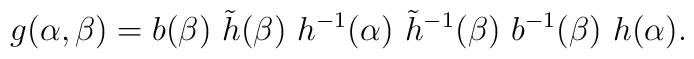
g(\alpha, \beta) =b(\beta) \ \tilde{h}(\beta) \,\,h^{-1}(\alpha)\,\, \tilde{h}^{-1}(\beta)                        \ b^{-1}(\beta) \ h(\alpha).